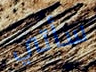
سأتي